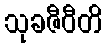
သုခဇီဝီတိ